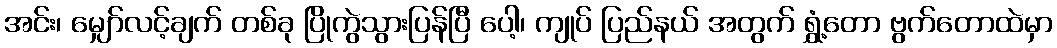
အင်း၊ မျှော်လင့်ချက် တစ်ခု ပြိုကွဲသွားပြန်ပြီ ပေါ့၊ ကျုပ် ပြည်နယ် အတွက် ရွှံ့တော ဗွက်တောထဲမှာ